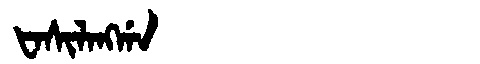
Manchu: ᡶᠠᠰᡳᠯᠠᠩᡤᠠ
Romanization: FASILANGGA